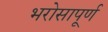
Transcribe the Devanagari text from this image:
भरोसापूर्ण